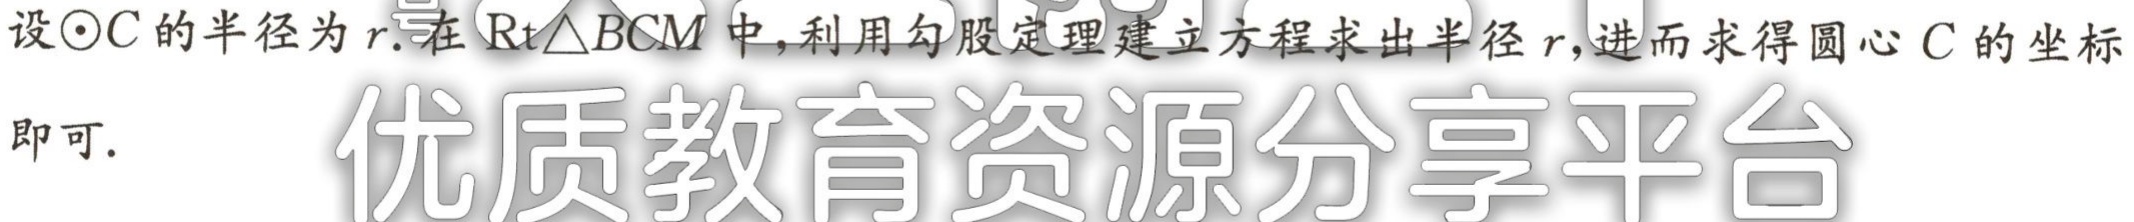
设\(\odot C\)的半径为\(r\).在\(\text{Rt}\triangle BCM\)中,利用勾股定理建立方程求出半径\(r\),进而求得圆心\(C\)的坐标即可.

优质教育资源分享平台